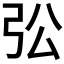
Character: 𱝚